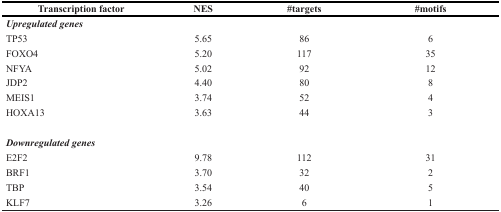
<table><thead><tr><td><b>Transcription factor</b></td><td><b>NES</b></td><td><b>#targets</b></td><td><b>#motifs</b></td></tr></thead><tbody><tr><td><i><b>Upregulated genes</b></i></td><td>[EMPTY_CELL]</td><td>[EMPTY_CELL]</td><td>[EMPTY_CELL]</td></tr><tr><td>TP53</td><td>5.65</td><td>86</td><td>6</td></tr><tr><td>FOXO4</td><td>5.20</td><td>117</td><td>35</td></tr><tr><td>NFYA</td><td>5.02</td><td>92</td><td>12</td></tr><tr><td>JDP2</td><td>4.40</td><td>80</td><td>8</td></tr><tr><td>MEIS1</td><td>3.74</td><td>52</td><td>4</td></tr><tr><td>HOXA13</td><td>3.63</td><td>44</td><td>3</td></tr><tr><td><i><b>Downregulated genes</b></i></td><td>[EMPTY_CELL]</td><td>[EMPTY_CELL]</td><td>[EMPTY_CELL]</td></tr><tr><td>E2F2</td><td>9.78</td><td>112</td><td>31</td></tr><tr><td>BRF1</td><td>3.70</td><td>32</td><td>2</td></tr><tr><td>TBP</td><td>3.54</td><td>40</td><td>5</td></tr><tr><td>KLF7</td><td>3.26</td><td>6</td><td>1</td></tr></tbody></table>